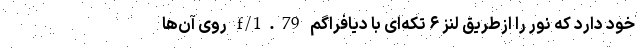
خود دارد که نور را ازطریق لنز ۶ تکه‌‌ای با دیافراگم f/1.79 روی آن‌ها